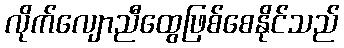
လိုက်လျောညီထွေဖြစ်စေနိုင်သည်